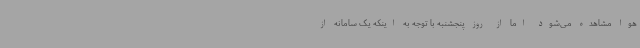
هوا مشاهده می‌شود اما از روز پنجشنبه با توجه به اینکه یک سامانه از